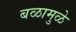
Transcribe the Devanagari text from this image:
बळामुळे